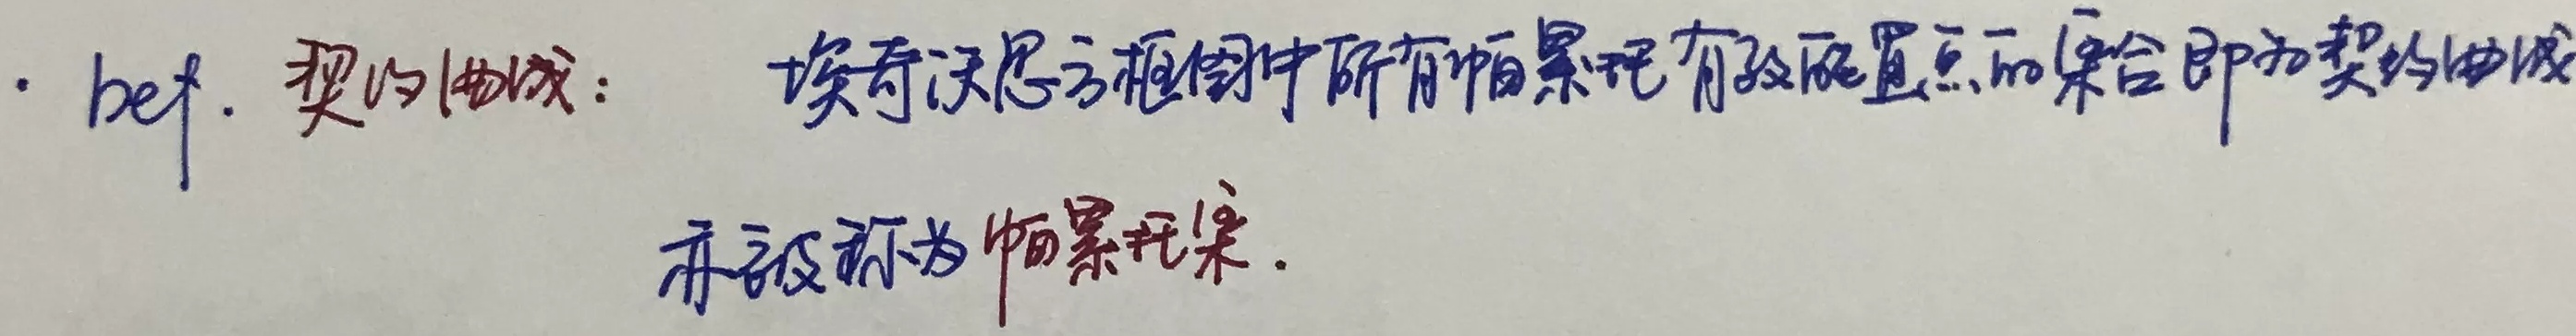
契约曲线：埃奇沃思方框内所有帕累托有效配置点的集合即为契约曲线，亦被称为帕累托集。